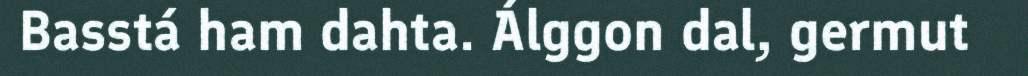
Basstá ham dahta. Álggon dal, germut